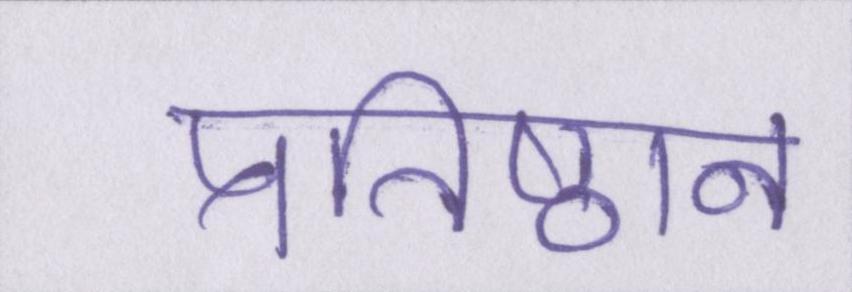
प्रतिष्ठान